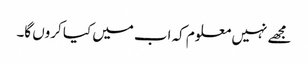
مجھے نہیں معلوم کہ اب میں کیا کروں گا۔